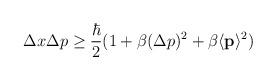
LaTeX: \begin{align*}\Delta x \Delta p \ge \frac{\hbar}{2} (1+\beta (\Delta p)^2 + \beta \langle {\bf{p}} \rangle^2)\end{align*}